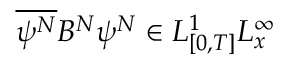
\overline { { \psi ^ { N } } } B ^ { N } \psi ^ { N } \in L _ { [ 0 , T ] } ^ { 1 } L _ { x } ^ { \infty }